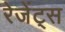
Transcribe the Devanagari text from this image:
रेजेंट्स